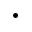
\cdot